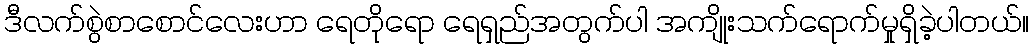
ဒီလက်စွဲစာစောင်လေးဟာ ရေတိုရော ရေရှည်အတွက်ပါ အကျိုးသက်ရောက်မှုရှိခဲ့ပါတယ်။